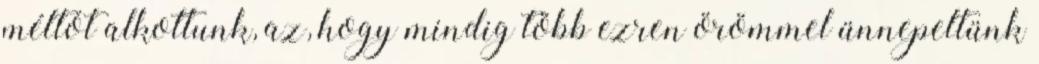
méltót alkottunk, az, hogy mindig több ezren örömmel ünnepeltünk